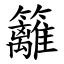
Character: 籬